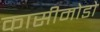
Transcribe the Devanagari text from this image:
कासीमोडो